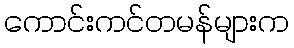
ကောင်းကင်တမန်များက